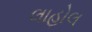
લાહોલ